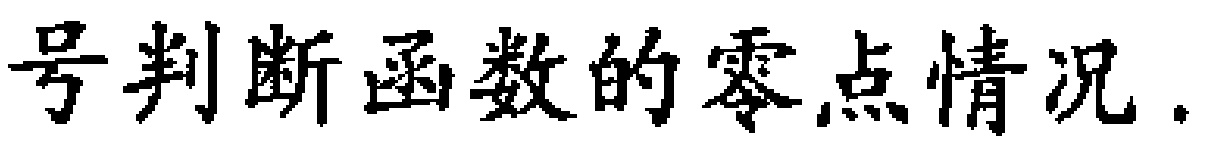
号判断函数的零点情况.